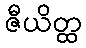
ဇီယိတ္ထ